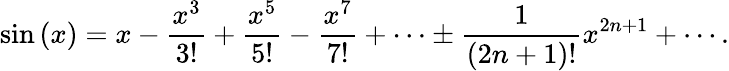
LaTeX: \sin\left(x\right)=x-{\frac{x^{3}}{3!}}+{\frac{x^{5}}{5!}}-{\frac{x^{7}}{7!}}+\cdots\pm{\frac{1}{(2n+1)!}}x^{2n+1}+\cdots.